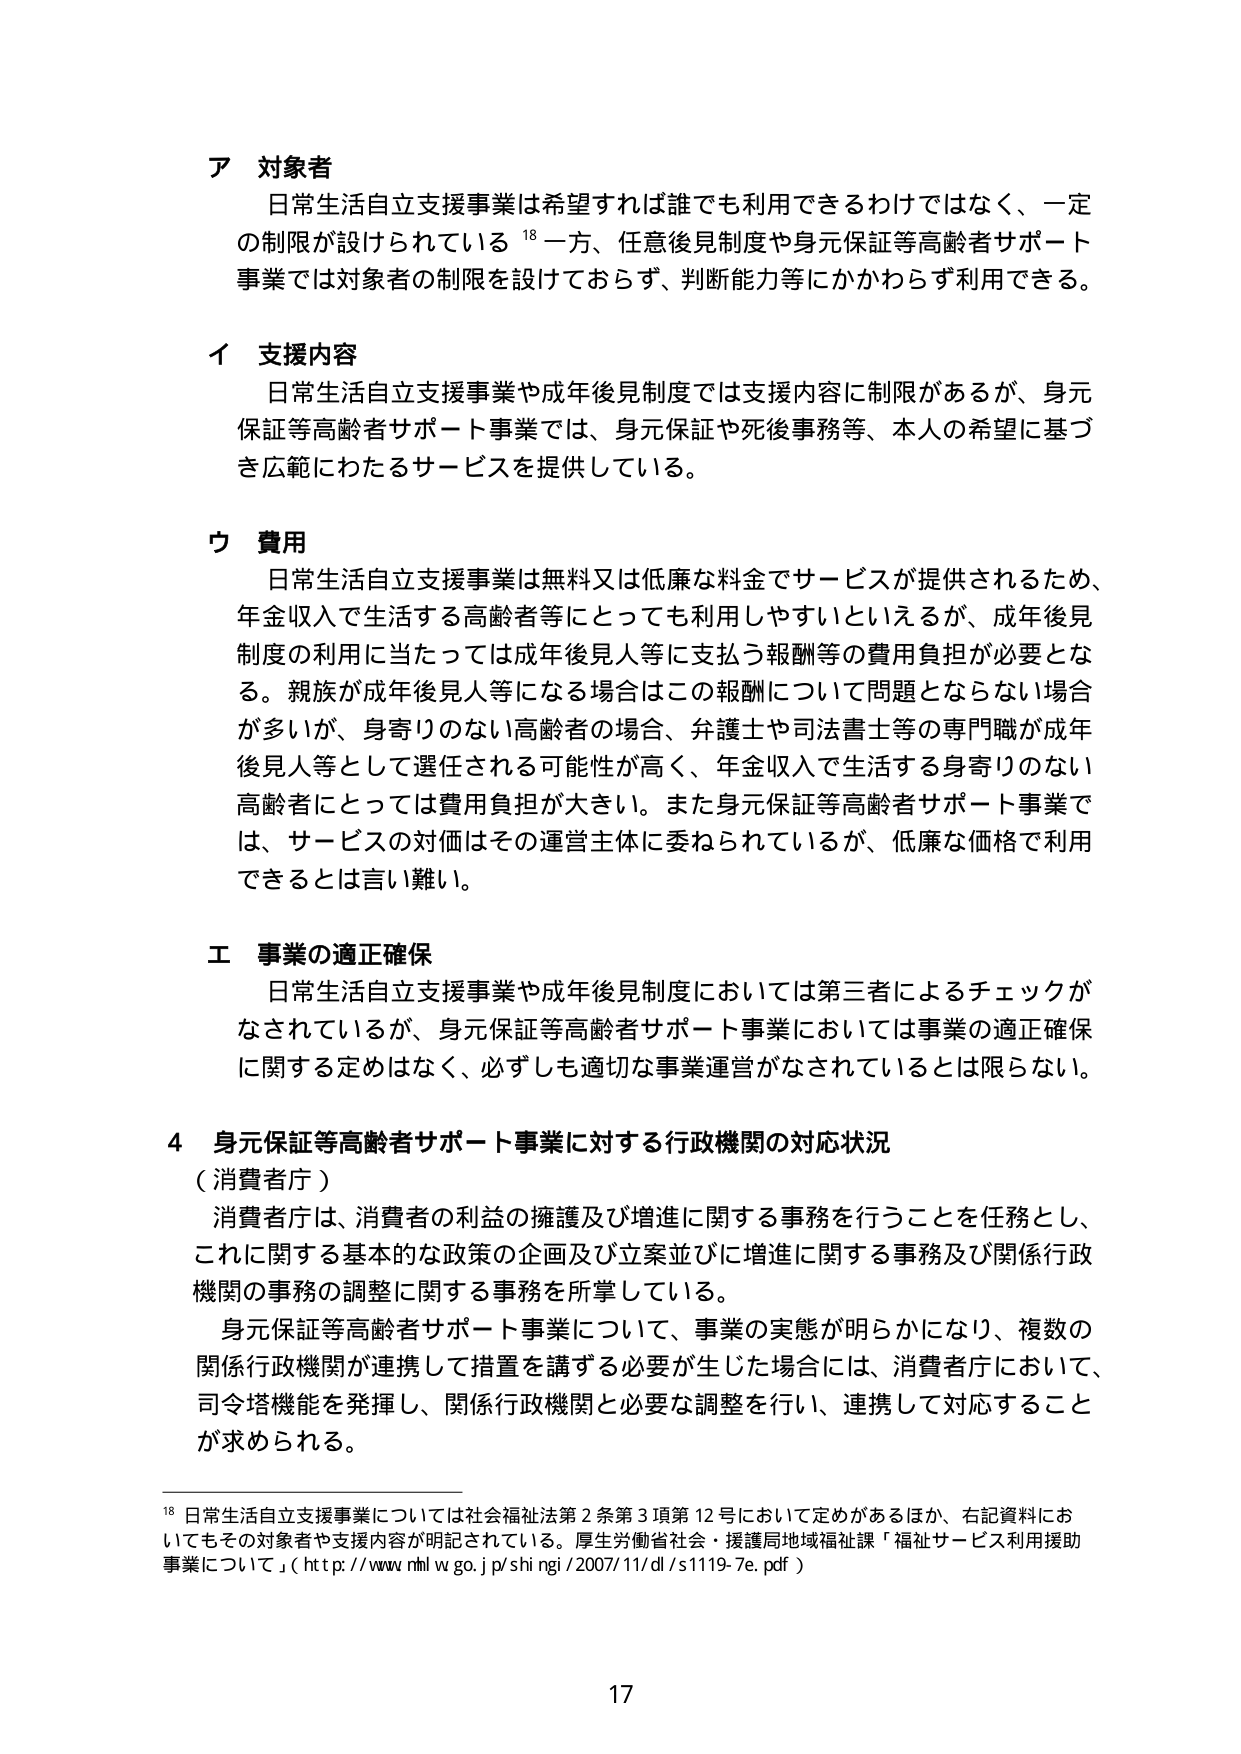
ア 対象者
日常生活自立支援事業は希望すれば誰でも利用できるわけではなく、一定の制限が設けられている。¹⁸ 一方、任意後見制度や身元保証等高齢者サポート事業では対象者の制限を設けておらず、判断能力等にかかわらず利用できる。

イ 支援内容
日常生活自立支援事業や成年後見制度では支援内容に制限があるが、身元保証等高齢者サポート事業では、身元保証や死後事務等、本人の希望に基づき広範にわたるサービスを提供している。

ウ 費用
日常生活自立支援事業は無料又は低廉な料金でサービスが提供されるため、年金収入で生活する高齢者等にとっても利用しやすいといえるが、成年後見制度の利用に当たっては成年後見人等に支払う報酬等の費用負担が必要となる。親族が成年後見人等になる場合はこの報酬について問題とならない場合が多いが、身寄りのない高齢者の場合、弁護士や司法書士等の専門職が成年後見人等として選任される可能性が高く、年金収入で生活する身寄りのない高齢者にとっては費用負担が大きい。また身元保証等高齢者サポート事業では、サービスの対価はその運営主体に委ねられているが、低廉な価格で利用できるとは言い難い。

エ 事業の適正確保
日常生活自立支援事業や成年後見制度においては第三者によるチェックがなされているが、身元保証等高齢者サポート事業においては事業の適正確保に関する定めはなく、必ずしも適切な事業運営がなされているとは限らない。

4 身元保証等高齢者サポート事業に対する行政機関の対応状況
（消費者庁）
消費者庁は、消費者の利益の擁護及び増進に関する事務を行うことを任務とし、これに関する基本的な政策の企画及び立案並びに増進に関する事務及び関係行政機関の事務の調整に関する事務を所掌している。
身元保証等高齢者サポート事業について、事業の実態が明らかになり、複数の関係行政機関が連携して措置を講ずる必要が生じた場合には、消費者庁において、司令塔機能を発揮し、関係行政機関と必要な調整を行い、連携して対応することが求められる。

¹⁸ 日常生活自立支援事業については社会福祉法第2条第3項第12号において定めがあるほか、右記資料においてもその対象者や支援内容が明記されている。厚生労働省社会・援護局地域福祉課「福祉サービス利用援助事業について」（http://www.mhlw.go.jp/shingi/2007/11/dl/s1119-7e.pdf）

17